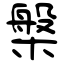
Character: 槃